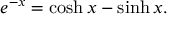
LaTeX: e ^ { - x } = \cosh x - \sinh x .